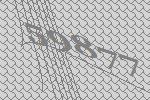
59877